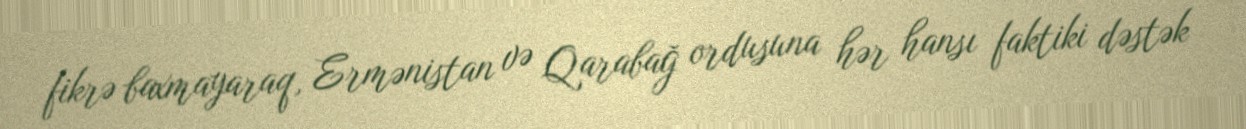
fikrə baxmayaraq, Ermənistan və Qarabağ ordusuna hər hansı faktiki dəstək